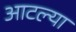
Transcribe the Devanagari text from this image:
आटल्या